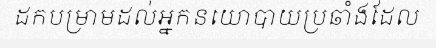
ដកបម្រាមដល់អ្នកនយោបាយប្រឆាំងដែល